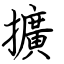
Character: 擴